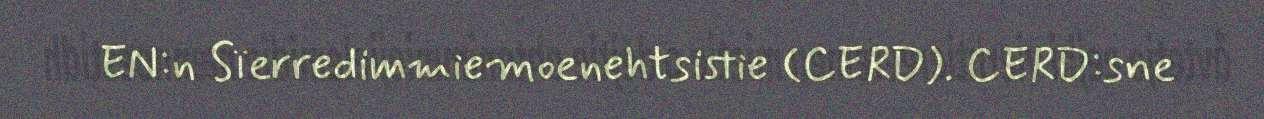
EN:n Sïerredimmiemoenehtsistie (CERD). CERD:sne